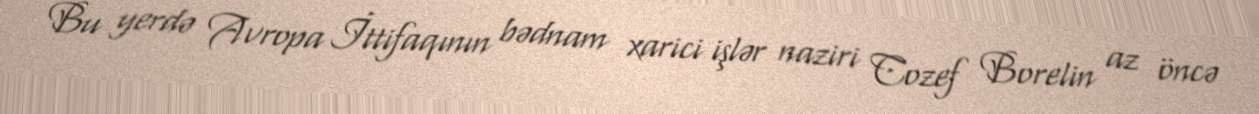
Bu yerdə Avropa İttifaqının bədnam xarici işlər naziri Cozef Borelin az öncə